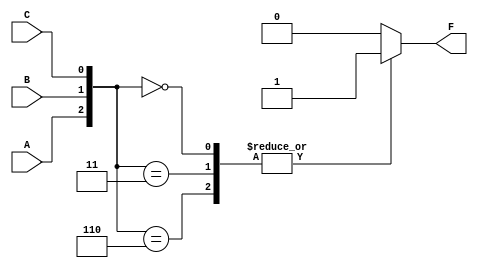
module top(
  input A,
  input B,
  input C,
  output reg F
);

  always @* begin
    // Concatenate the three inputs to form a 3-bit binary number
    // and check if it is divisible by 3
    case ({A, B, C})
      3'b000, 3'b011, 3'b110: F = 1; // Binary representation divisible by 3
      default: F = 0; // Not divisible by 3
    endcase
  end

endmodule